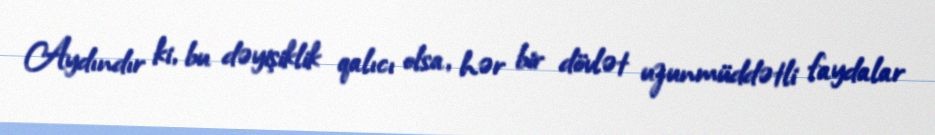
Aydındır ki, bu dəyişiklik qalıcı olsa, hər bir dövlət uzunmüddətli faydalar